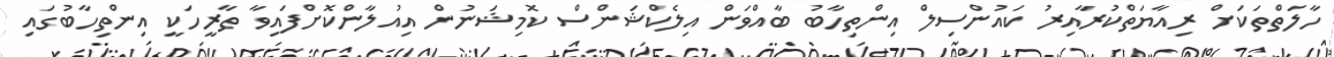
ހާލަތްތަކަށް ރިއާޔަތްކުރާއިރު ކައުންސިލް އިންތިހާބު ބާއްވަން އިލެކްޝަންސް ކޮމިޝަނުން އިއުލާންކޮށްފައިވާ ތާރީހަކީ އިންތިހާބުގައި